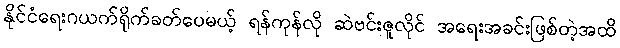
နိုင်ငံရေးဂယက်ရိုက်ခတ်ပေမယ့် ရန်ကုန်လို ဆဲဗင်းဇူလိုင် အရေးအခင်းဖြစ်တဲ့အထိ